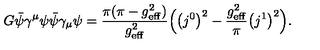
G \bar { \psi } \gamma ^ { \mu } \psi \bar { \psi } \gamma _ { \mu } \psi = { \frac { \pi ( \pi - g _ { \mathrm { e f f } } ^ { 2 } ) } { g _ { \mathrm { e f f } } ^ { 2 } } } \Bigl ( \bigl ( j ^ { 0 } \bigr ) ^ { 2 } - { \frac { g _ { \mathrm { e f f } } ^ { 2 } } { \pi } } \bigl ( j ^ { 1 } \bigr ) ^ { 2 } \Bigr ) .